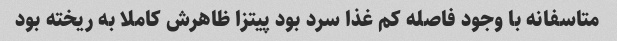
متاسفانه با وجود فاصله کم غذا سرد بود پیتزا ظاهرش کاملا به ریخته بود